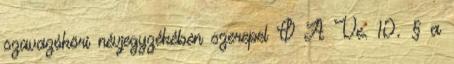
szavazóköri névjegyzékében szerepel Ø A Ve. 10. § a